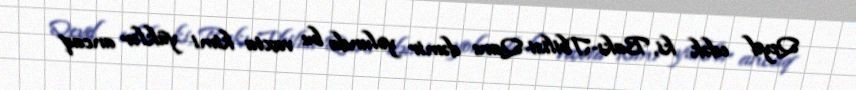
Qeyd edək ki, Bakı-Tbilisi-Qars dəmir yolunda bu vaxta kimi yüklər ancaq